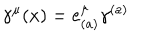
LaTeX: \gamma ^ { \mu } ( x ) = e _ { ( a ) } ^ { \mu } \gamma ^ { ( a ) }